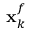
\ensuremath { \mathbf { x } } _ { k } ^ { f }